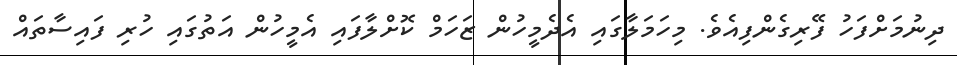
ދިނުމަށްފަހު ފޭރިގެންފިއެވެ. މިހަމަލާގައި އެދެމީހުން ޒަހަމް ކޮށްލާފައި އެމީހުން އަތުގައި ހުރި ފައިސާތައް